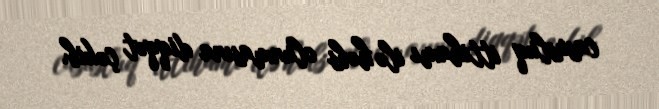
casusluq ittihamı ilə həbs olunmasına diqqət çəkib.